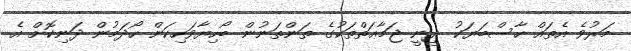
މަރުވެ އެތައް ހާސްބަޔަކު ދީނީ ޖަމާޢަތްތަކުގެ ތަންތަނުން ބޯހިޔާވަހިކަން ހޯދަމުން ދަނިކޮށް އެ